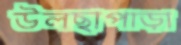
উলছাপাড়া